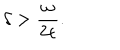
\delta > \frac { \omega } { 2 \epsilon } .